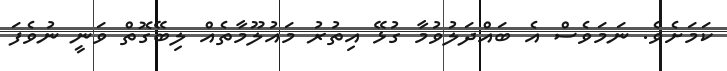
ކަމަށެވެ. ނަމަވެސް އެ ބައްދަލުވުމާ ގުޅޭ އިތުރު މައުލޫމާތެއް ލިބޭގޮތް ވަނީ ނުވެފަ